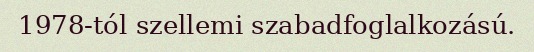
1978-tól szellemi szabadfoglalkozású.